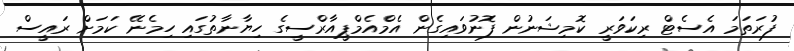
ފުރަތަމަ އެސެޓް ރިކަވަރީ ކޮމިޝަނުން ފޮނުވައިގެން އެމްއެމްޕީއާރްސީގެ ހިޔާނާތުގައި ހިމެނޭ ކަމަށް ރައީސް